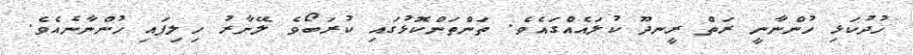
ހުދުކަޅި ހުންނާނީ ރަތް ރީނދޫ ކުލައެއްގައެވެ. ތަންތަންކޮޅުގައި ކުރަބޯވެ ލޭނާރު ހިލިފައި ހުންނާނެއެވެ.